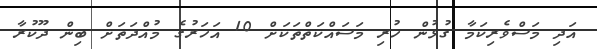
އަދި މަސްވެރިކަމާ ގުޅުން ހުރި މަސައްކަތްތަކަށް 10 އަހަރުގެ މުއްދަތަށް ބިން ދޫކުރާ